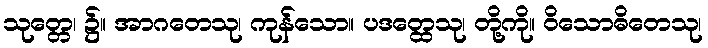
သုတ္တေ၊ ၌။ အာဂတေသု၊ ကုန်သော။ ပဒတ္ထေသု၊ တို့ကို။ ဝိသောဓိတေသု၊